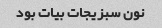
نون سبزیجات بیات بود